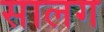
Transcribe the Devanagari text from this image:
सालग